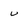
Character: u